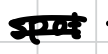
Text: spot
Cross-out: double-line
Writing tool: digital_black